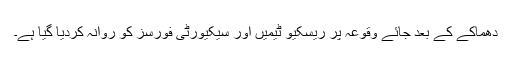
دھماکے کے بعد جائے وقوعہ پر ریسکیو ٹیمیں اور سیکیورٹی فورسز کو روانہ کردیا گیا ہے۔